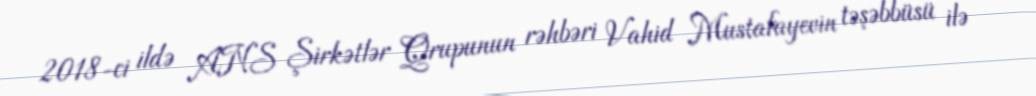
2018-ci ildə ANS Şirkətlər Qrupunun rəhbəri Vahid Mustafayevin təşəbbüsü ilə